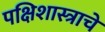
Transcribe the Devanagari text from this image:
पक्षिशास्त्राचे